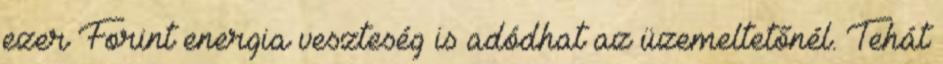
ezer Forint energia veszteség is adódhat az üzemeltetőnél. Tehát